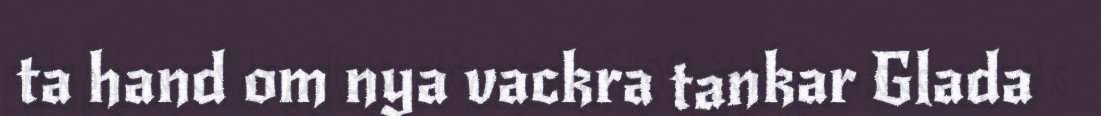
ta hand om nya vackra tankar Glada